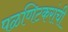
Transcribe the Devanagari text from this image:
पळणिटकरांची